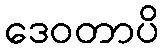
ဒေဝတာပိ